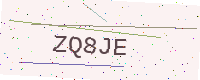
Text: ZQ8JE